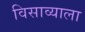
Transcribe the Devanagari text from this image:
विसाव्याला